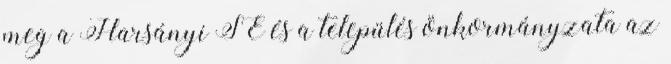
meg a Harsányi SE és a település önkormányzata az